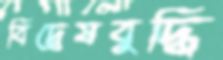
বিদ্বেষবুদ্ধি